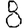
Digit: 8